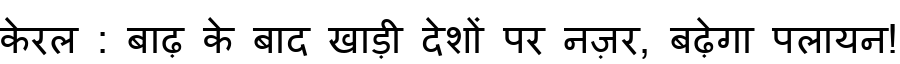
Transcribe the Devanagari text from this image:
केरल : बाढ़ के बाद खाड़ी देशों पर नज़र, बढ़ेगा पलायन!